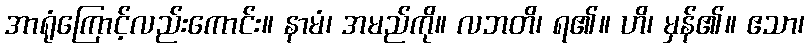
အာရုံကြောင့်လည်းကောင်း။ နာမံ၊ အမည်ကို။ လဘတိ၊ ရ၏။ ဟိ၊ မှန်၏။ ဧသာ၊